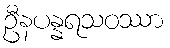
ဦနပန္နရသဝဿာ